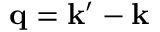
\mathbf { q } = \mathbf { k } ^ { \prime } - \mathbf { k }